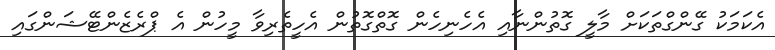
އެކަމަކު ގޭންގްތަކަށް މާލީ ގޮތުންނާއި އެހެނިހެން ގޮތްގޮތުން އެހީތެރިވާ މީހުން އެ ޕްރެޒެންޓޭޝަންގައި